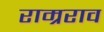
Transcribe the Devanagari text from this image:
राम्रराव